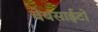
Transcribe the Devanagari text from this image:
वेबसाईटो